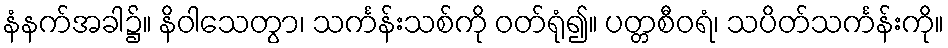
နံနက်အခါ၌။ နိဝါသေတွာ၊ သင်္ကန်းသစ်ကို ဝတ်ရုံ၍။ ပတ္တစီဝရံ၊ သပိတ်သင်္ကန်းကို။